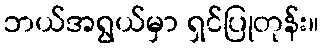
ဘယ်အရွယ်မှာ ရှင်ပြုတုန်း။